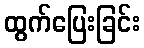
ထွက်ပြေးခြင်း